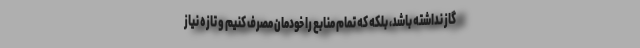
گاز نداشته باشد، بلکه که تمام منابع را خودمان مصرف کنیم و تازه نیاز